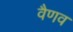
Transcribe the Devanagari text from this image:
वैणव